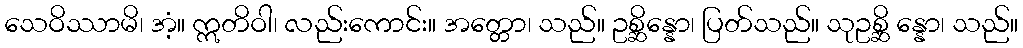
သေဝိဿာမိ၊ အံ့။ ဣတိဝါ၊ လည်းကောင်း။ အတ္တော၊ သည်။ ဥစ္ဆိန္နော၊ ပြတ်သည်။ သုဥစ္ဆိ န္နော၊ သည်။